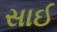
સાઈ